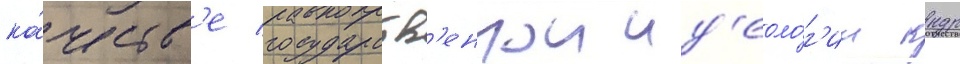
ка́честв'е государств'еннои ид'еоло́г'ии кндр